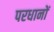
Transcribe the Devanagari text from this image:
परधानों